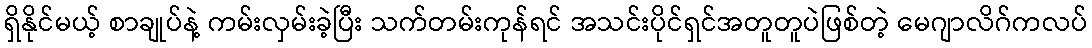
ရှိနိုင်မယ့် စာချုပ်နဲ့ ကမ်းလှမ်းခဲ့ပြီး သက်တမ်းကုန်ရင် အသင်းပိုင်ရှင်အတူတူပဲဖြစ်တဲ့ မေဂျာလိဂ်ကလပ်